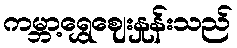
ကမ္ဘာ့ရွှေဈေးနှုန်းသည်